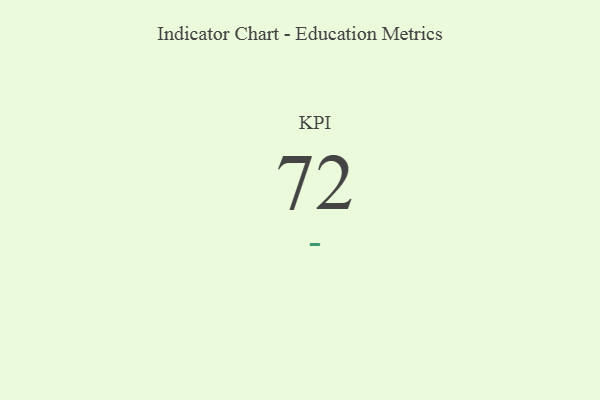
{"axis": {"x": "KPI", "y": "Value"}, "legend": [""], "data": [{"x": "KPI", "y": 72, "type": ""}]}